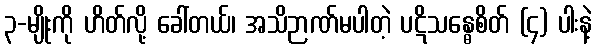
၃-မျိုးကို ဟိတ်လို့ ခေါ်တယ်၊ အသိဉာဏ်မပါတဲ့ ပဋိသန္ဓေစိတ် (၄) ပါးနဲ့